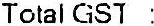
TOTAL GST :